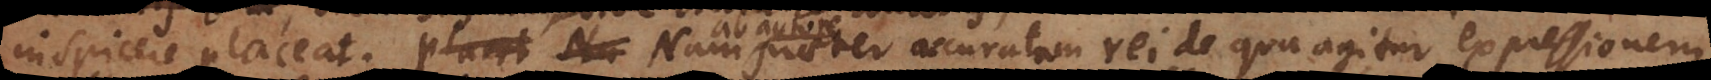
inspicere placeat. Nam praeter accuratam rei de qua agitur expressionem